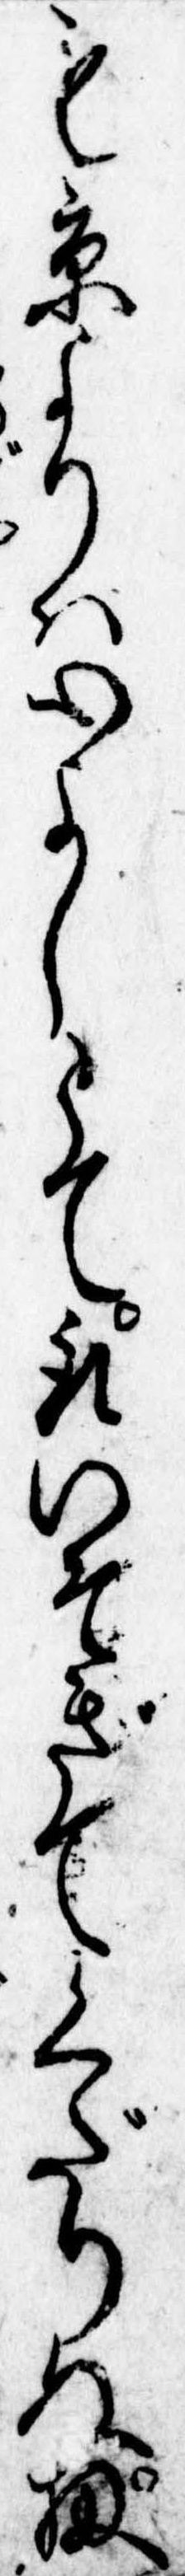
も京よりは心よしとて取いそぎてくだりぬ扨